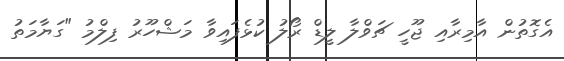
އެގޮތުން އާމިރާއި ޖޫހީ ޗަވްލާ ލީޑް ރޯލު ކުޅެފައިވާ މަޝްހޫރު ފިލްމު "ގަޔާމަތު